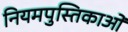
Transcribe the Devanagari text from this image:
नियमपुस्तिकाओं